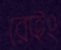
রোইং